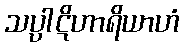
သပ္ပါဋိဟာရိယာဟံ